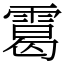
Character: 䨠